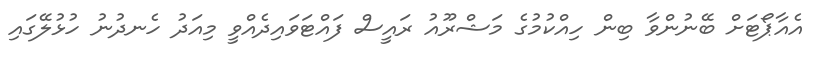
އެއާޕޯޓަށް ބޭނުންވާ ބިން ހިއްކުމުގެ މަޝްރޫއު ރައީސް ފައްޓަވައިދެއްވީ މިއަދު ހެނދުނު ހުޅުލޭގައި